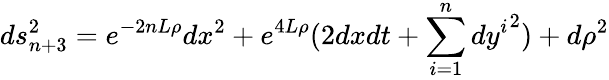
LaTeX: ds_{n+3}^{2}=e^{-2nL\rho}dx^{2}+e^{4L\rho}(2dxdt+\sum_{i=1}^{n}{dy^{i}}^{2})+d\rho^{2}